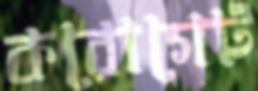
করোগেট